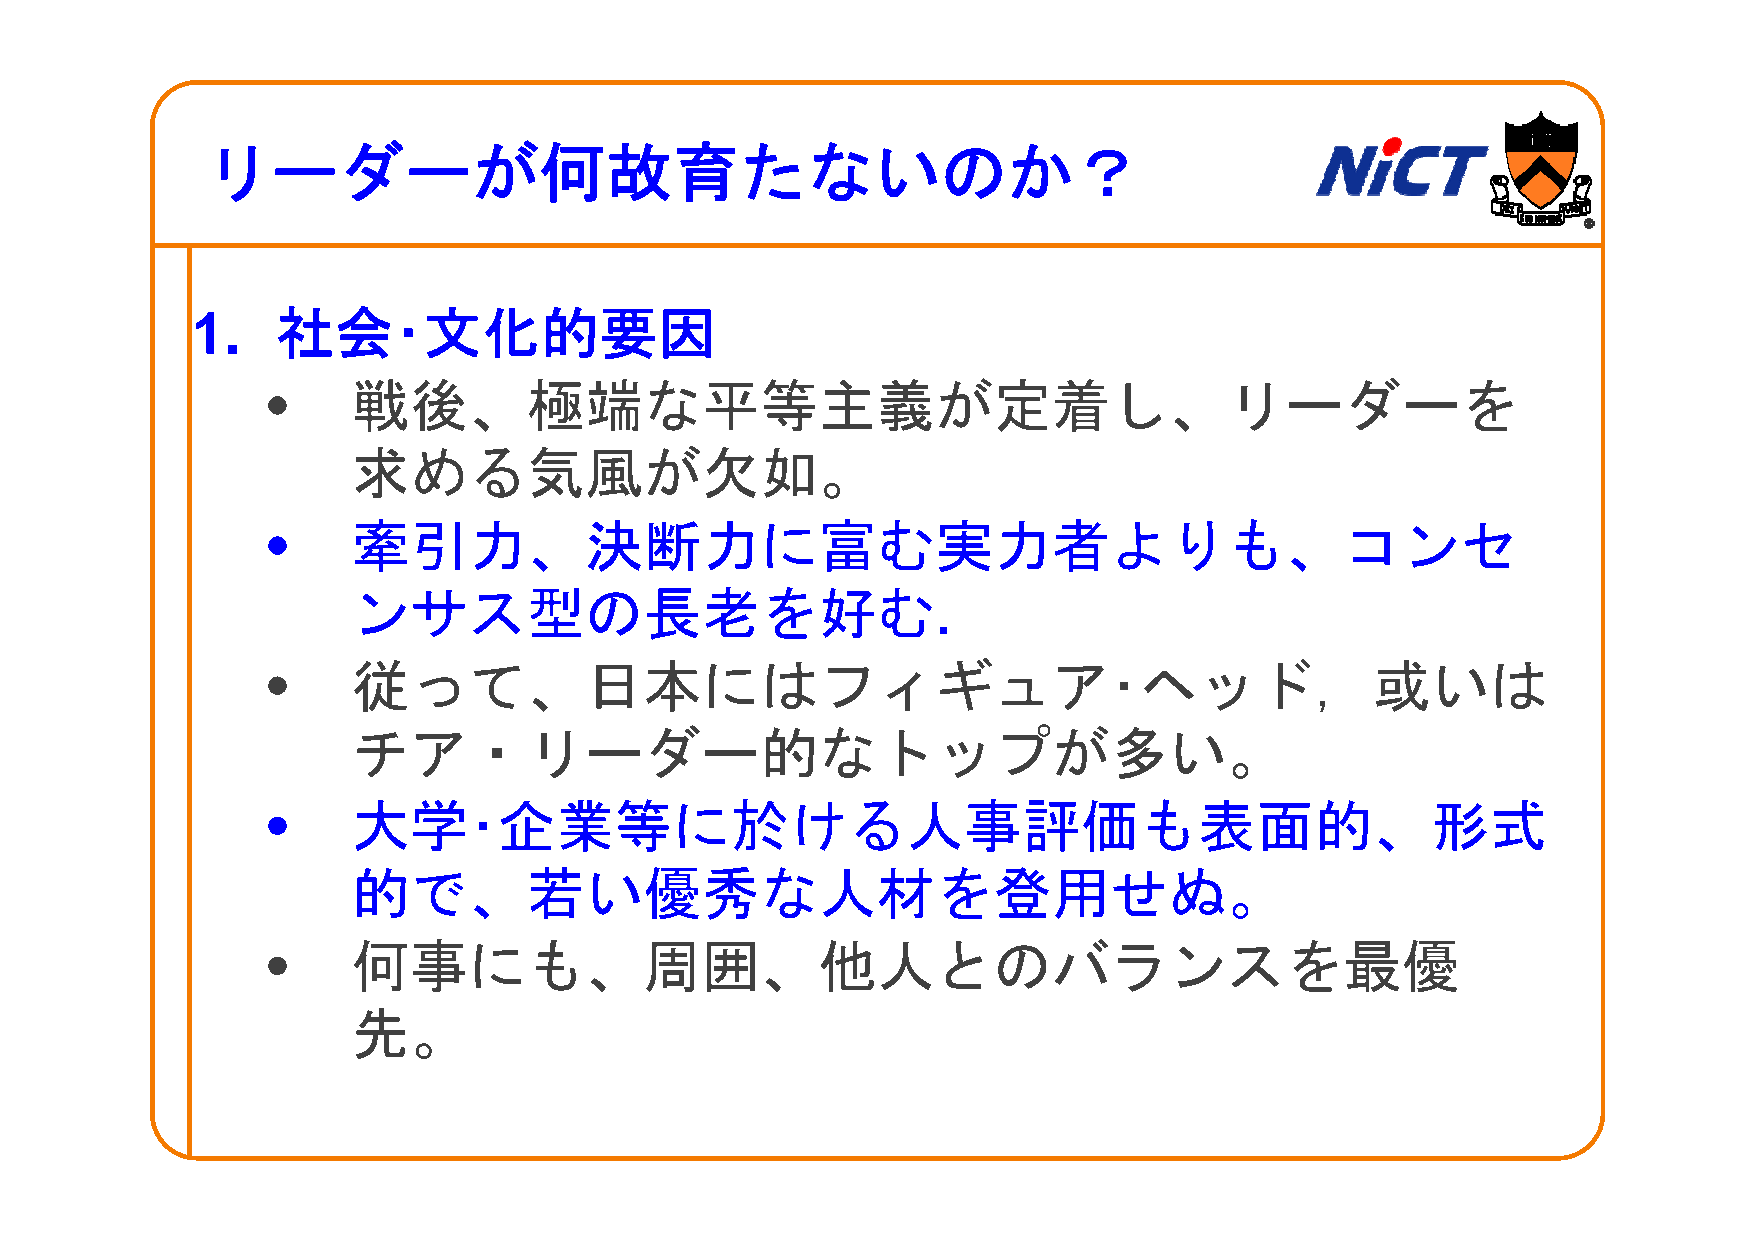
リリーダダーがが何何故故育育たたなないののかか？
 11.  社社会会･文文化化的的要要因因
 •    戦後、極端な平等主義が定着し、リーダーを
 求求めめるる気気風風がが欠欠如如。
 •    牽引力、決断力に富む実力者よりも、コンセ
 ンンササスス型型のの長長老老をを好好むむ.
 •    従って、日本にはフィギュア･ヘッド，或いは
 チチアア・リリーダダー的的ななトトッッププがが多多いい。
 •    大学･企業等に於ける人事評価も表面的、形式
 的的でで、若若いい優優秀秀なな人人材材をを登登用用せせぬぬ。
 •    何事にも、周囲、他人とのバランスを最優
 先先。